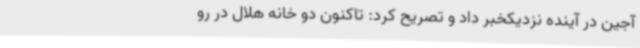
آجین در آینده نزدیکخبر داد و تصریح کرد: تاکنون دو خانه هلال در رو